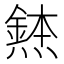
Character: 𪹸